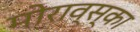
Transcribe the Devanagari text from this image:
मोराव्स्का